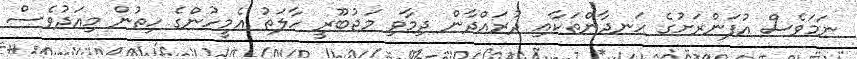
ނަމަވެސް އުފަންރަށުގެ ހަނދާންތަކާއި ދުރައްދާން ދިމާވި މަޖުބޫރީ ހާލަތު އެމީހުންގެ ހިތުން މިއަދުވެސް